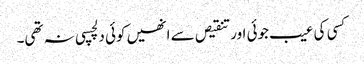
کسی کی عیب جوئی اور تنقیص سے انھیں کوئی دلچسپی نہ تھی۔